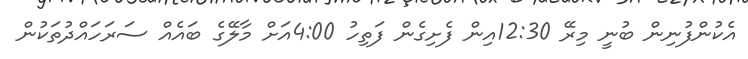
އެކުންފުނިން ބުނީ މިރޭ 12:30އިން ފެށިގެން ފަތިހު 4:00އަށް މާލޭގެ ބައެއް ސަރަހައްދުތަކުން